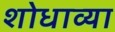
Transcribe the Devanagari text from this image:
शोधाव्या